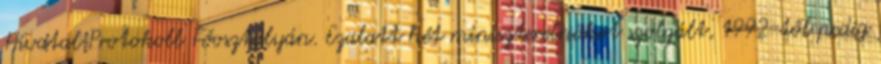
Hivatal Protokoll Főosztályán. Ezalatt hét miniszterelnököt szolgált, 1992-től pedig